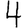
Digit: 4